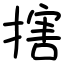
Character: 搳